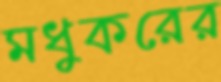
মধুকরের